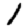
Digit: 1